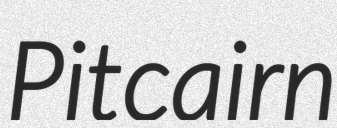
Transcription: Pitcairn